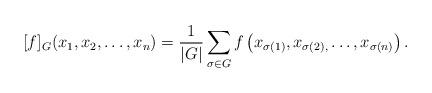
LaTeX: \begin{align*} [f]_{G}(x_1,x_2 ,\ldots, x_n) & = \frac{1}{|G|} \sum_{\sigma \in G} f\left( x_{\sigma(1)},x_{\sigma(2),}\ldots, x_{\sigma(n)} \right).\end{align*}